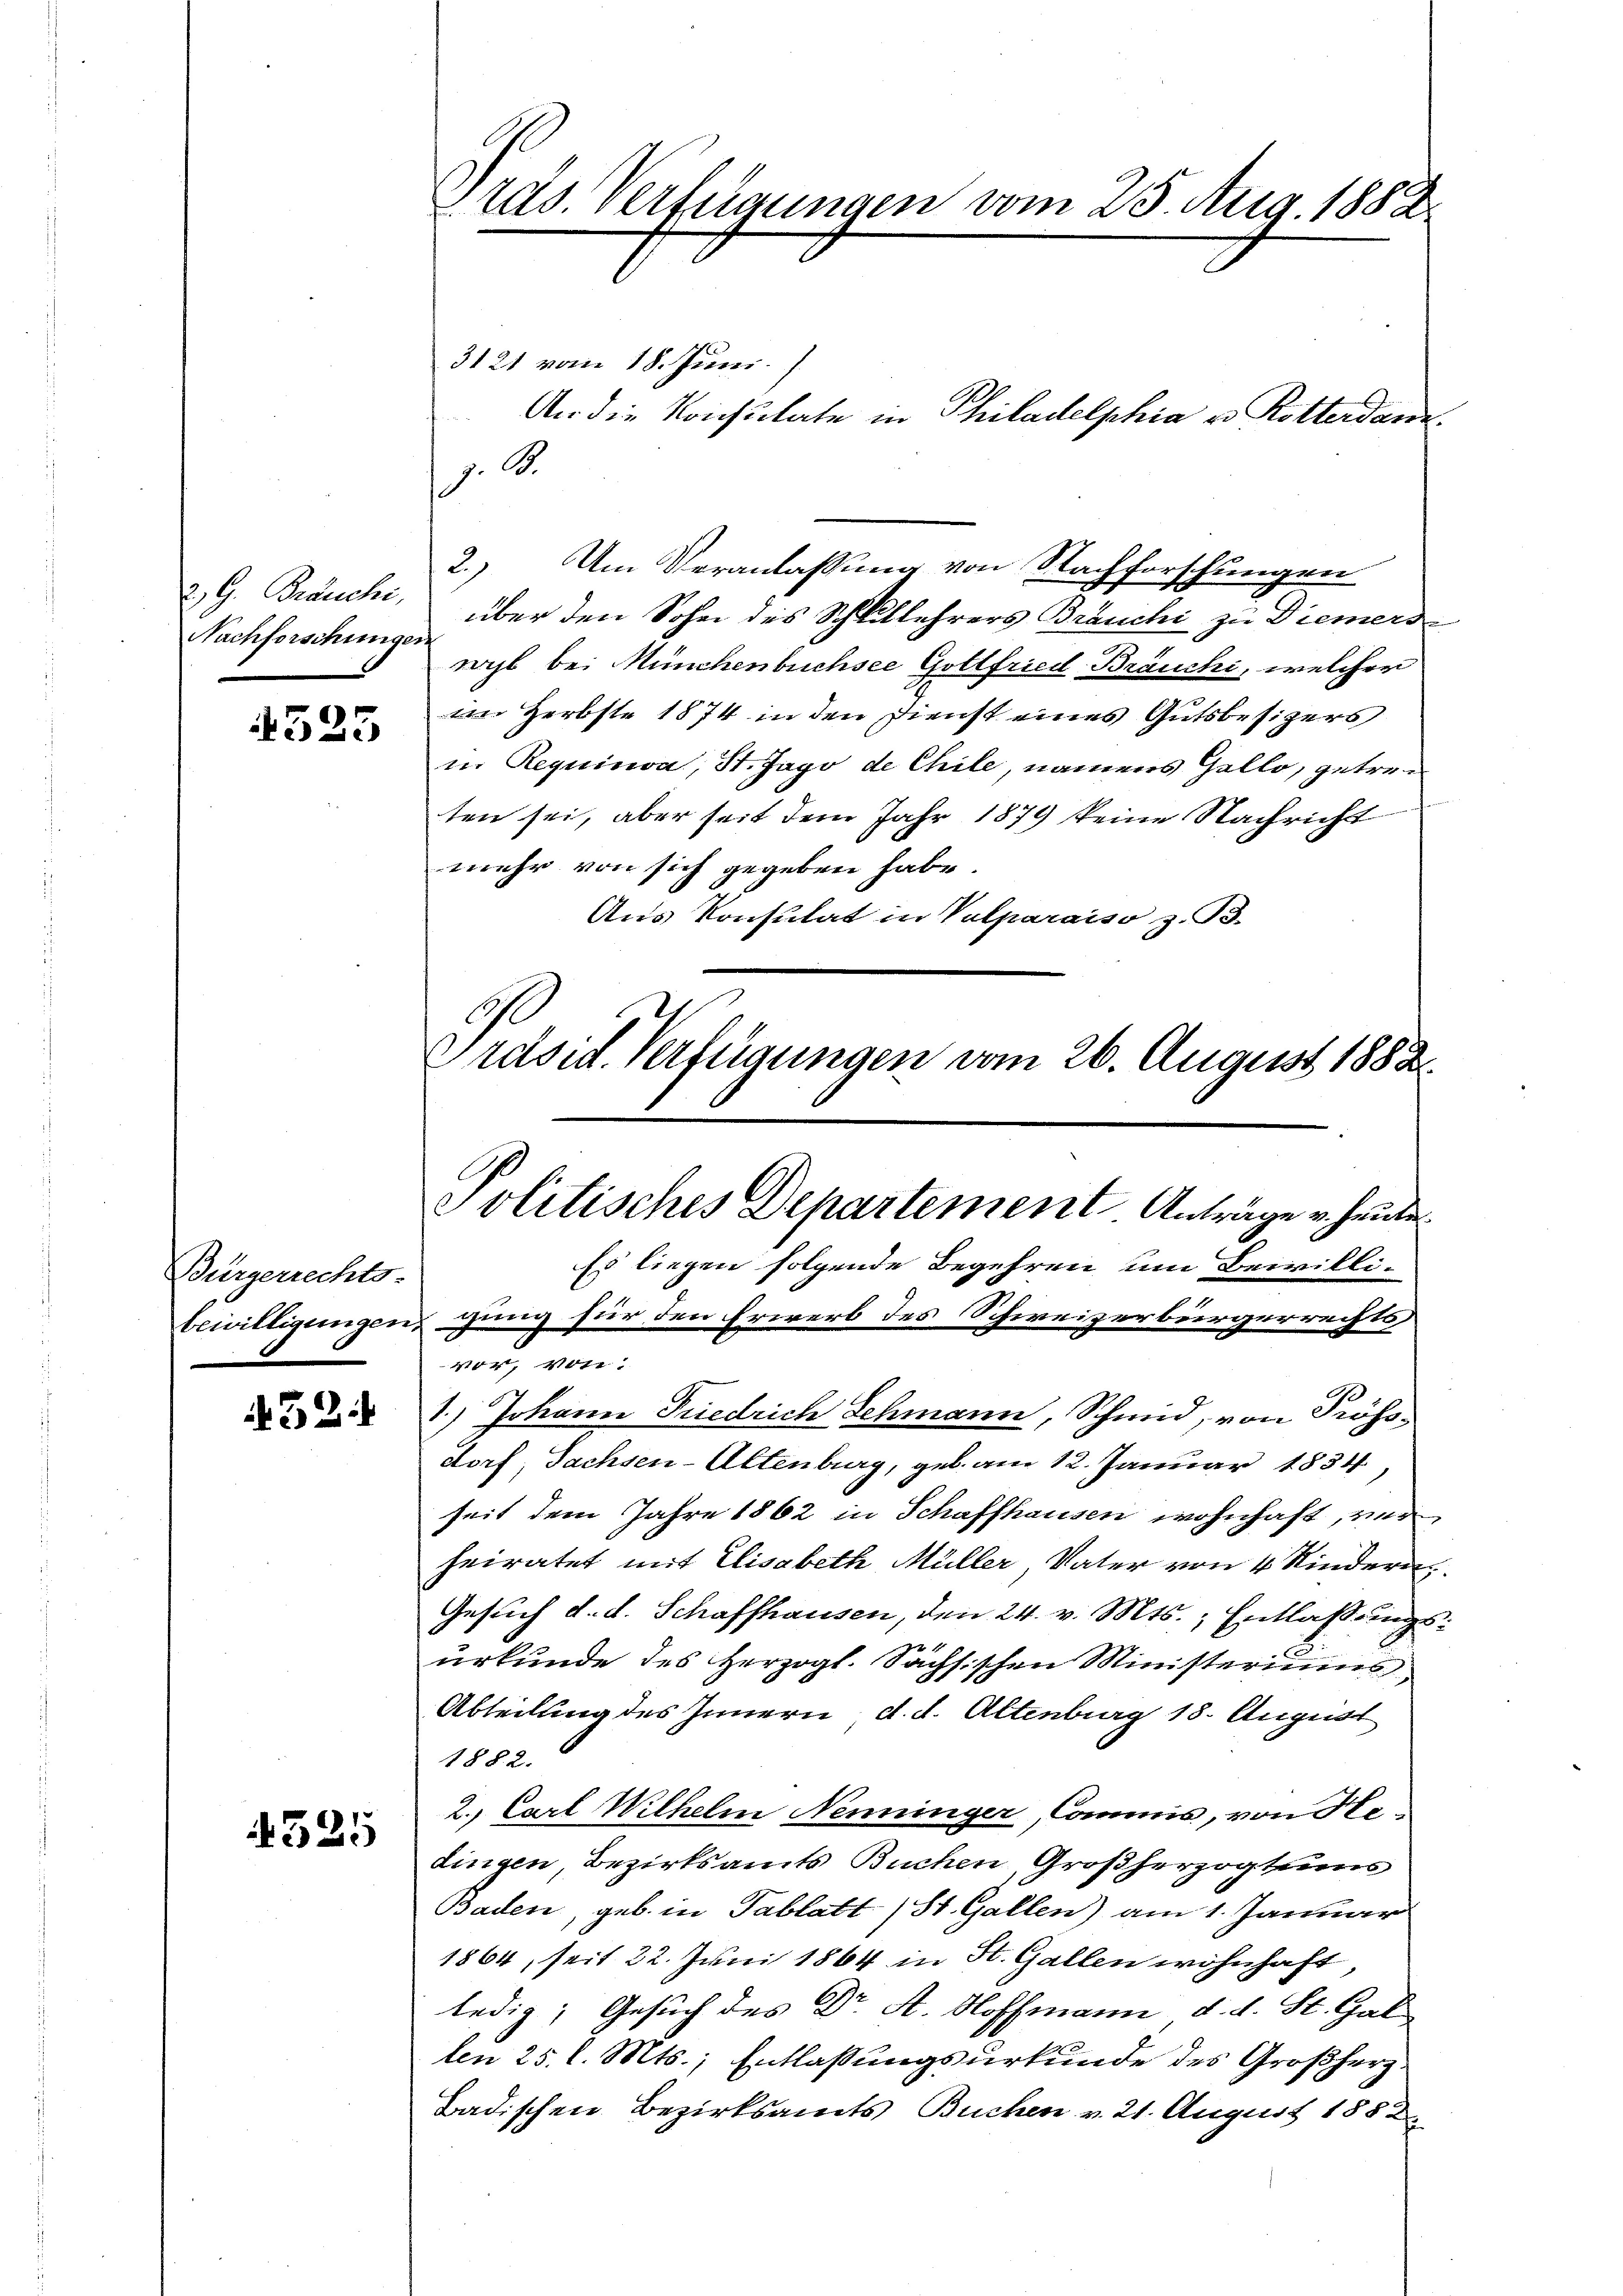
Nachforschungen

525

Bürgerrechts-
2

52

4325

z. B.
2.) Am Veranlassung von Nachforschungen
2., G. Bräuchi, über den Sohn des Schlitlehrers Bräuchi zu Diemerden
wyl bei Münchenbüchsee Gottfried Bräuchi, welcher
im Herbste 1874 in den Dienst eines Gutsbesizers
in Requinva, St. Jago de Chile, namens Gello, getreten sei, aber seit dem Jahr 1879 keine Nachricht
mehr von sich gegeben habe.
Aus Konsulat in Vulparaiso z. B.
Präsid. Verfügungen vom 26. August 1882.

Pras. Verfügungen vom 25. Aug. 1882.

3121 vom 18. Juni.

An die Konsulate in Philadelphia v. Rotterdan¬

Politisches Departement Anträge u. heute
Es liegen folgende Begehren um Bewillibewilligungen gung für den Erwerb des Schweizerbürgerrechts

vor. Vote
1.) Johann Friedrich Schmann, Schmid, von Prösodorf, Sachsen-Altenburg, geb. am 12. Januar 1834,
seit dem Jahre 1862 in Schaffhausen wohnhaft, und
heiratet mit Elisabeth Müller, Vater von 4 Kindern
Gesuch d. d. Schaffhausen, den 24. v. Mts., Entlaßungsurkunde des Herzogl. Sächsischen Ministeriums
Abteilung des Innern d. d. Altenburg 18. August
1882.
2. Carl Wilhelm Nenninger, Commis, von Hedingen, Bezirksamts Buchen, Großherzogtums
Baden, geb. in Tablatt St. Gallen) am 1. Januar
1864, seit 22. Juni 1864 in St. Gallen wohnhaft,
ledig; Gesuch des Dr. A. Hoffmann, d. d. St. Gal
len 25 l. Mts., Entlassungsurkunde des Großherz¬
Badischen Bezirksamts Buchen v. 21. August 1882